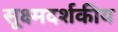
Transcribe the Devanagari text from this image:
सूक्ष्मदर्शकीय